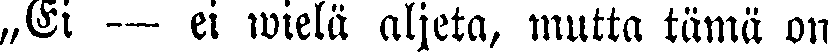
„Ei — ei wielä aljeta, mutta tämä on